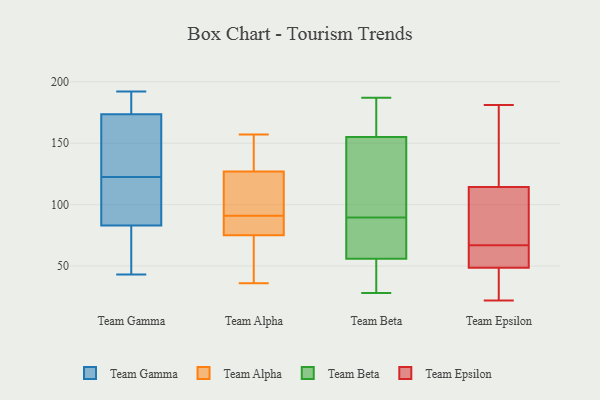
{"axis": {"x": "Website Visitors", "y": "Value"}, "legend": ["Team Alpha", "Team Beta", "Team Epsilon", "Team Gamma"], "data": [{"x": "", "y": 48, "type": "Team Gamma"}, {"x": "", "y": 106, "type": "Team Gamma"}, {"x": "", "y": 73, "type": "Team Gamma"}, {"x": "", "y": 98, "type": "Team Gamma"}, {"x": "", "y": 154, "type": "Team Gamma"}, {"x": "", "y": 175, "type": "Team Gamma"}, {"x": "", "y": 93, "type": "Team Gamma"}, {"x": "", "y": 43, "type": "Team Gamma"}, {"x": "", "y": 174, "type": "Team Gamma"}, {"x": "", "y": 138, "type": "Team Gamma"}, {"x": "", "y": 186, "type": "Team Gamma"}, {"x": "", "y": 51, "type": "Team Gamma"}, {"x": "", "y": 173, "type": "Team Gamma"}, {"x": "", "y": 192, "type": "Team Gamma"}, {"x": "", "y": 130, "type": "Team Gamma"}, {"x": "", "y": 115, "type": "Team Gamma"}, {"x": "", "y": 157, "type": "Team Alpha"}, {"x": "", "y": 109, "type": "Team Alpha"}, {"x": "", "y": 93, "type": "Team Alpha"}, {"x": "", "y": 36, "type": "Team Alpha"}, {"x": "", "y": 91, "type": "Team Alpha"}, {"x": "", "y": 86, "type": "Team Alpha"}, {"x": "", "y": 133, "type": "Team Alpha"}, {"x": "", "y": 72, "type": "Team Alpha"}, {"x": "", "y": 84, "type": "Team Alpha"}, {"x": "", "y": 60, "type": "Team Alpha"}, {"x": "", "y": 157, "type": "Team Alpha"}, {"x": "", "y": 85, "type": "Team Beta"}, {"x": "", "y": 173, "type": "Team Beta"}, {"x": "", "y": 33, "type": "Team Beta"}, {"x": "", "y": 90, "type": "Team Beta"}, {"x": "", "y": 100, "type": "Team Beta"}, {"x": "", "y": 170, "type": "Team Beta"}, {"x": "", "y": 31, "type": "Team Beta"}, {"x": "", "y": 187, "type": "Team Beta"}, {"x": "", "y": 112, "type": "Team Beta"}, {"x": "", "y": 28, "type": "Team Beta"}, {"x": "", "y": 172, "type": "Team Beta"}, {"x": "", "y": 155, "type": "Team Beta"}, {"x": "", "y": 38, "type": "Team Beta"}, {"x": "", "y": 57, "type": "Team Beta"}, {"x": "", "y": 89, "type": "Team Beta"}, {"x": "", "y": 117, "type": "Team Beta"}, {"x": "", "y": 80, "type": "Team Beta"}, {"x": "", "y": 56, "type": "Team Beta"}, {"x": "", "y": 109, "type": "Team Epsilon"}, {"x": "", "y": 48, "type": "Team Epsilon"}, {"x": "", "y": 22, "type": "Team Epsilon"}, {"x": "", "y": 153, "type": "Team Epsilon"}, {"x": "", "y": 51, "type": "Team Epsilon"}, {"x": "", "y": 107, "type": "Team Epsilon"}, {"x": "", "y": 176, "type": "Team Epsilon"}, {"x": "", "y": 29, "type": "Team Epsilon"}, {"x": "", "y": 105, "type": "Team Epsilon"}, {"x": "", "y": 32, "type": "Team Epsilon"}, {"x": "", "y": 51, "type": "Team Epsilon"}, {"x": "", "y": 181, "type": "Team Epsilon"}, {"x": "", "y": 67, "type": "Team Epsilon"}, {"x": "", "y": 67, "type": "Team Epsilon"}, {"x": "", "y": 28, "type": "Team Epsilon"}, {"x": "", "y": 116, "type": "Team Epsilon"}, {"x": "", "y": 50, "type": "Team Epsilon"}, {"x": "", "y": 123, "type": "Team Epsilon"}, {"x": "", "y": 64, "type": "Team Epsilon"}]}